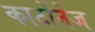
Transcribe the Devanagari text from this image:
कार्टोनेज